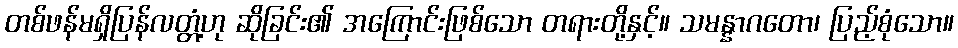
တစ်ဖန်မရှိပြန်လတ္တံ့ဟု ဆိုခြင်း၏ အကြောင်းဖြစ်သော တရားတို့နှင့်။ သမန္နာဂတော၊ ပြည့်စုံသော။